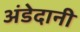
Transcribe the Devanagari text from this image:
अंडेदानी